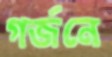
গর্জনে